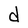
Character: d